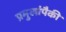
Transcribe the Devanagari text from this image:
प्रमुखांपैकी